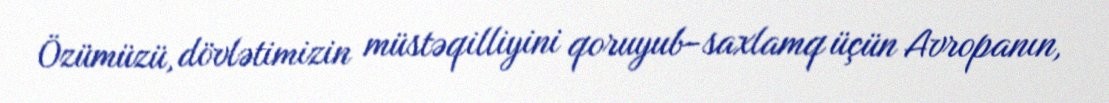
Özümüzü, dövlətimizin müstəqilliyini qoruyub-saxlamq üçün Avropanın,